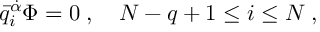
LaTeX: \bar { q } _ { i } ^ { \dot { \alpha } } \Phi = 0 \; , \quad N - q + 1 \leq i \leq N \; ,